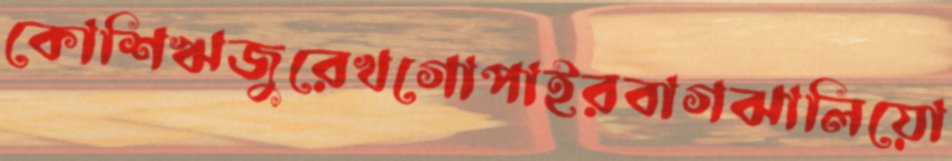
কোশিঋজুরেখগোপাইরবাগঝালিয়ো